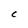
Character: C